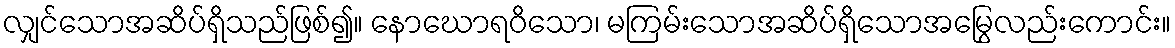
လျှင်သောအဆိပ်ရှိသည်ဖြစ်၍။ နောဃောရဝိသော၊ မကြမ်းသောအဆိပ်ရှိသောအမြွေလည်းကောင်း။